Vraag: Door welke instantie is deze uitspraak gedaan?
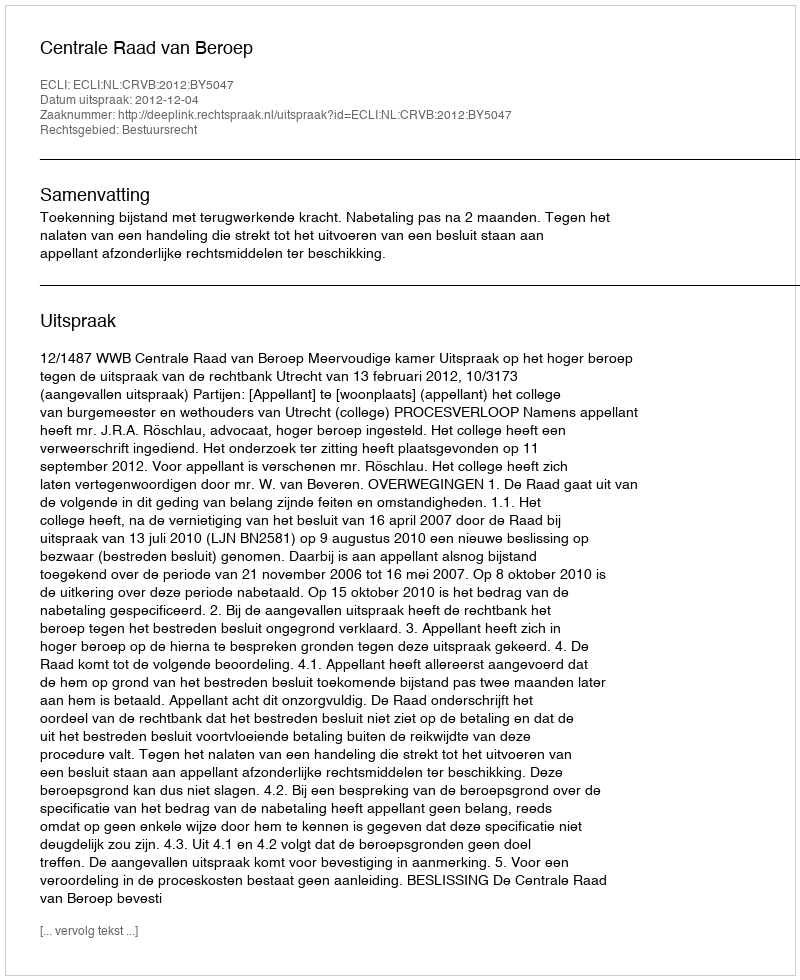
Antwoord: Centrale Raad van Beroep